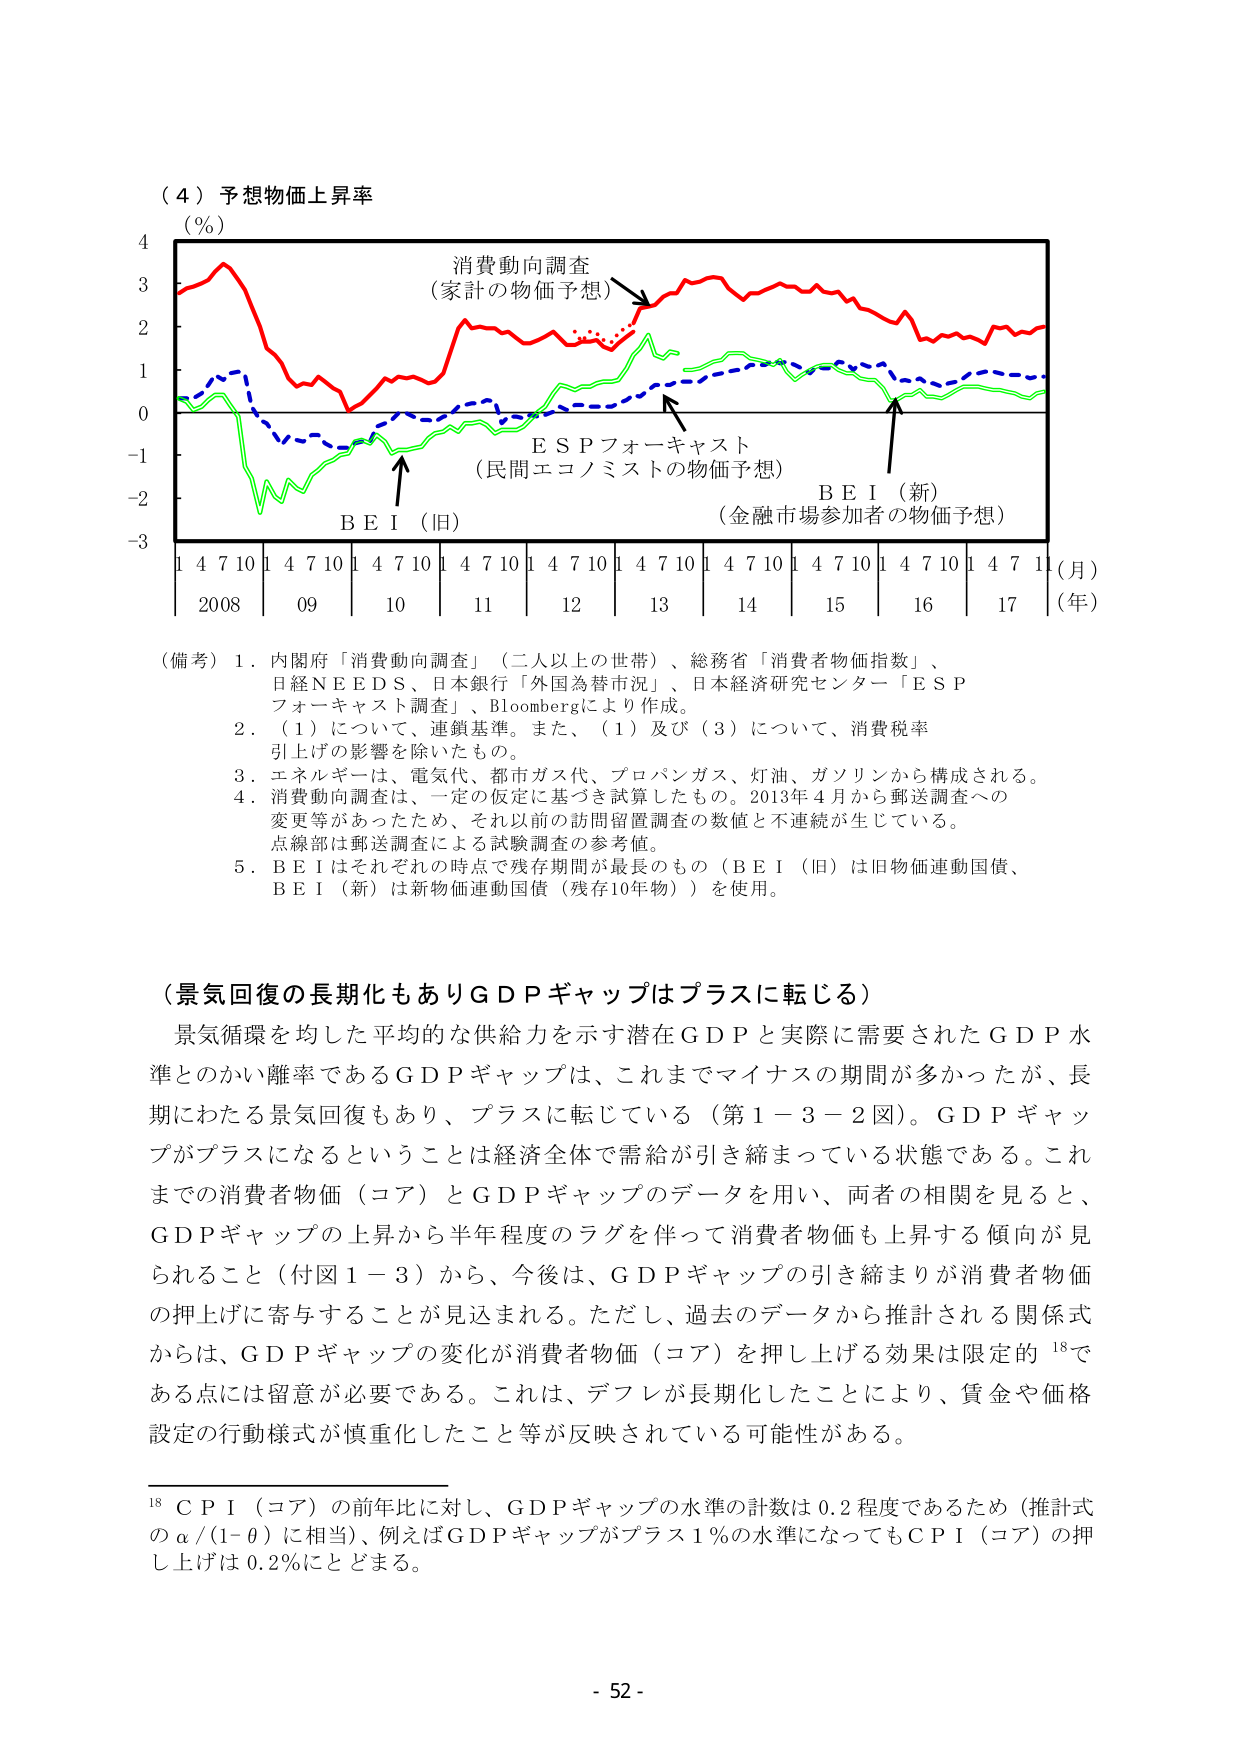
（４）予想物価上昇率
（％）
消費動向調査
（家計の物価予想）
ＥＳＰフォーキャスト
（民間エコノミストの物価予想）
ＢＥＩ（旧）
ＢＥＩ（新）
（金融市場参加者の物価予想）
1 4 7 10 1 4 7 10 1 4 7 10 1 4 7 10 1 4 7 10 1 4 7 10 1 4 7 10 1 4 7 11（月）
2008 09 10 11 12 13 14 15 16 17（年）

（備考）１．内閣府「消費動向調査」（二人以上の世帯）、総務省「消費者物価指数」、
日経ＮＥＥＤＳ、日本銀行「外国為替市況」、日本経済研究センター「ＥＳＰ
フォーキャスト調査」、Bloombergにより作成。
２．（１）について、連鎖基準。また、（１）及び（３）について、消費税率
引上げの影響を除いたもの。
３．エネルギーは、電気代、都市ガス代、プロパンガス、灯油、ガソリンから構成される。
４．消費動向調査は、一定の仮定に基づき試算したもの。2013年４月から郵送調査への
変更等があったため、それ以前の訪問留置調査の数値と不連続が生じている。
点線部は郵送調査による試験調査の参考値。
５．ＢＥＩはそれぞれの時点で残存期間が最長のもの（ＢＥＩ（旧）は旧物価連動国債、
ＢＥＩ（新）は新物価連動国債（残存10年物））を使用。

（景気回復の長期化もありＧＤＰギャップはプラスに転じる）
景気循環を均した平均的な供給力を示す潜在ＧＤＰと実際に需要されたＧＤＰ水
準とのかい離率であるＧＤＰギャップは、これまでマイナスの期間が多かったが、長
期にわたる景気回復もあり、プラスに転じている（第１－３－２図）。ＧＤＰギャッ
プがプラスになるということは経済全体で需給が引き締まっている状態である。これ
までの消費者物価（コア）とＧＤＰギャップのデータを用い、両者の相関を見ると、
ＧＤＰギャップの上昇から半年程度のラグを伴って消費者物価も上昇する傾向が見
られること（付図１－３）から、今後は、ＧＤＰギャップの引き締まりが消費者物価
の押上げに寄与することが見込まれる。ただし、過去のデータから推計される関係式
からは、ＧＤＰギャップの変化が消費者物価（コア）を押し上げる効果は限定的 18で
ある点には留意が必要である。これは、デフレが長期化したことにより、賃金や価格
設定の行動様式が慎重化したこと等が反映されている可能性がある。

18 ＣＰＩ（コア）の前年比に対し、ＧＤＰギャップの水準の計数は0.2程度であるため（推計式
のα／(1－θ)に相当）、例えばＧＤＰギャップがプラス1％の水準になってもＣＰＩ（コア）の押
し上げは0.2％にとどまる。

- 52 -